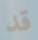
قد